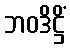
ဘဝဒိဋ္ဌိံ